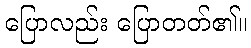
ပြောလည်း ပြောတတ်၏။